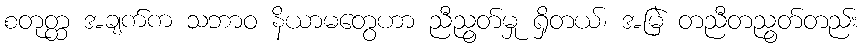
စတုတ္ထ အချက်က သဘာဝ နိယာမတွေဟာ ညီညွတ်မှု ရှိတယ်၊ အမြဲ တညီတညွတ်တည်း